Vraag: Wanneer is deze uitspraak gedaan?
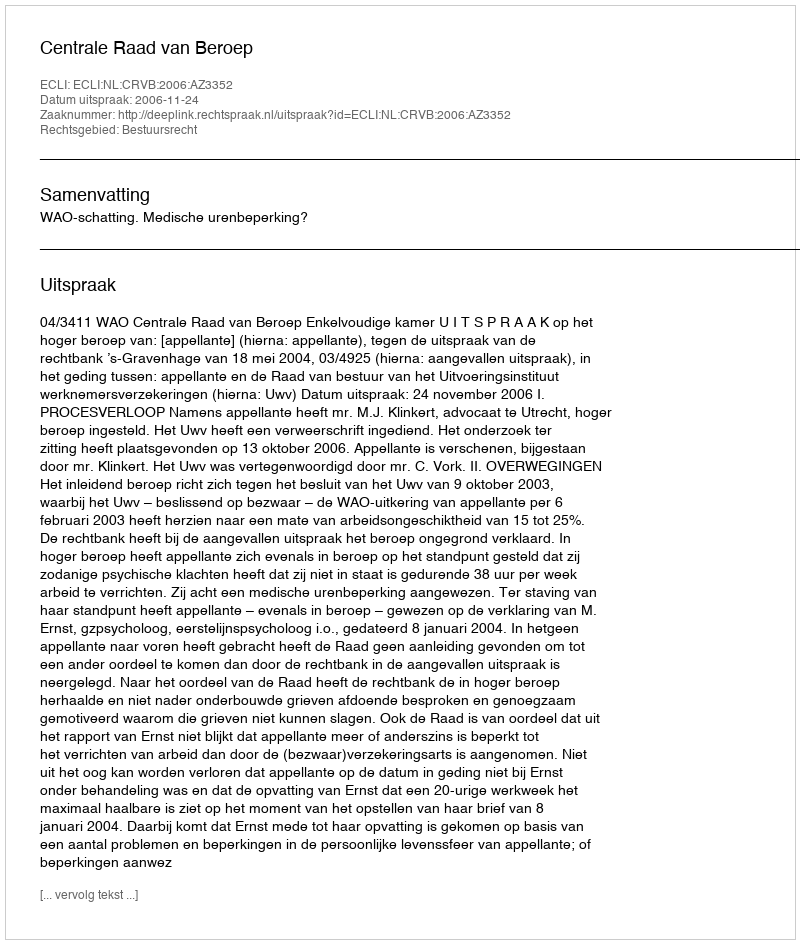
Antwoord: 2006-11-24